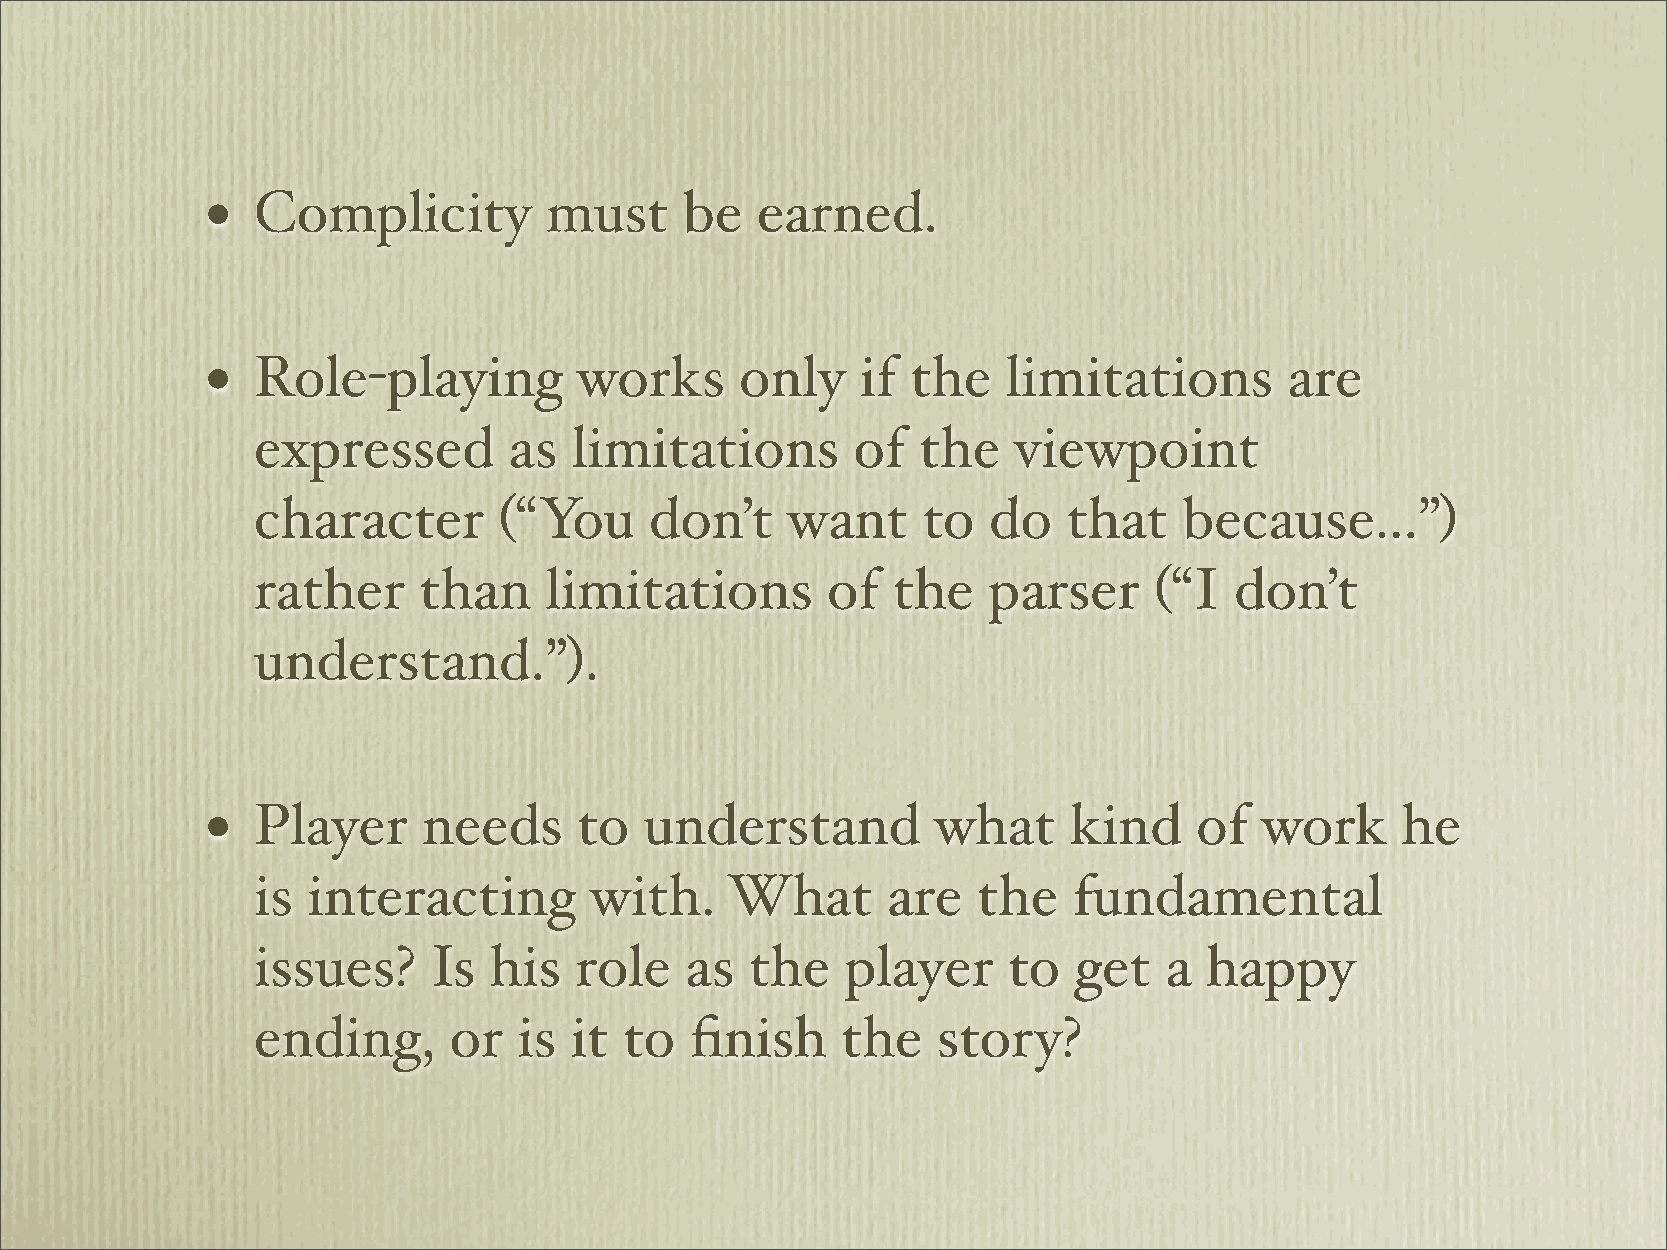
•  Complicity         must     be   earned.
 •  Role-playing         works      only    if the    limitations       are
 expressed        as  limitations       of   the   viewpoint
 character       (“You     don’t    want     to  do    that   because...”)
 rather     than    limitations        of  the   parser     (“I   don’t
 understand.”).
 •  Player     needs     to   understand         what     kind    of   work     he
 is interacting        with.    What       are   the   fundamental
 issues?    Is  his   role   as   the   player     to  get   a  happy
 ending,      or  is  it to   finish    the   story?